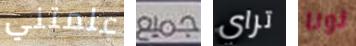
علمتني جميع تراي نونا